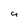
Character: a